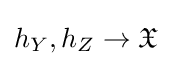
h_{Y},h_{Z}\to {\mathfrak {X}}